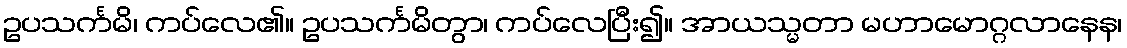
ဥပသင်္ကမိ၊ ကပ်လေ၏။ ဥပသင်္ကမိတွာ၊ ကပ်လေပြီး၍။ အာယသ္မတာ မဟာမောဂ္ဂလာနေန၊